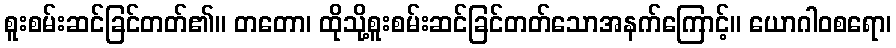
စူးစမ်းဆင်ခြင်တတ်၏။ တတော၊ ထိုသို့စူးစမ်းဆင်ခြင်တတ်သောအနက်ကြောင့်။ ယောဂါဝစရော၊